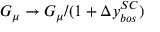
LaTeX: G _ { \mu } \to G _ { \mu } / ( 1 + \Delta y _ { b o s } ^ { S C } )